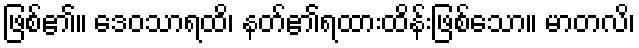
ဖြစ်၏။ ဒေဝသာရထိ၊ နတ်၏ရထားထိန်းဖြစ်သော။ မာတလိ၊